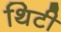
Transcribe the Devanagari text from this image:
थिटी